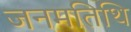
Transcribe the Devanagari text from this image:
जनमतिथि